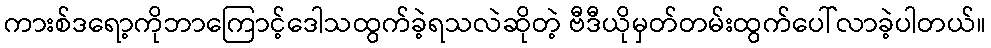
ကားစ်ဒရော့ကိုဘာကြောင့်ဒေါသထွက်ခဲ့ရသလဲဆိုတဲ့ ဗီဒီယိုမှတ်တမ်းထွက်ပေါ်လာခဲ့ပါတယ်။